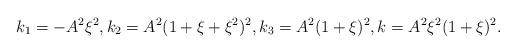
LaTeX: \begin{align*} k_1=-A^2\xi^2, k_2=A^2(1+\xi +\xi^2)^2, k_3= A^2(1+\xi)^2, k=A^2\xi^2(1+\xi)^2.\end{align*}